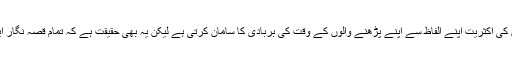
یقینا قصہ نگاروں کی اکثریت اپنے الفاظ سے اپنے پڑھنے والوں کے وقت کی بربادی کا سامان کرتی ہے لیکن یہ بھی حقیقت ہے کہ تمام قصہ نگار ایک سے نہیں ہیں۔